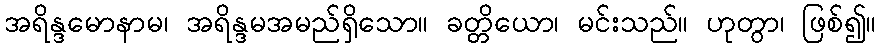
အရိန္ဒမောနာမ၊ အရိန္ဒမအမည်ရှိသော။ ခတ္တိယော၊ မင်းသည်။ ဟုတွာ၊ ဖြစ်၍။